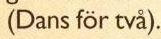
(Dans för två).